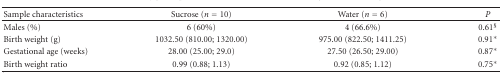
| Sample characteristics | Sucrose (n = 10) | Water (n = 6) | P |
 | --- | --- | --- | --- |
 | Males (%) | 6 (60%) | 4 (66.6%) | 0.61§ |
 | Birth weight (g) | 1032.50 (810.00; 1320.00) | 975.00 (822.50; 1411.25) | 0.91∗ |
 | Gestational age (weeks) | 28.00 (25.00; 29.0) | 27.50 (26.50; 29.00) | 0.87∗ |
 | Birth weight ratio | 0.99 (0.88; 1.13) | 0.92 (0.85; 1.12) | 0.75∗ |